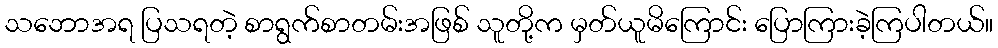
သဘောအရ ပြသရတဲ့ စာရွက်စာတမ်းအဖြစ် သူတို့က မှတ်ယူမိကြောင်း ပြောကြားခဲ့ကြပါတယ်။